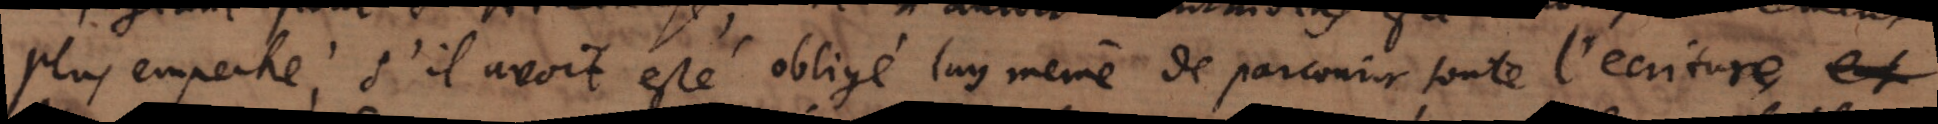
plus empeche; s’il avoit esté obligé luy memê de parcourir toute l’ecriture, et